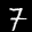
Label: 7